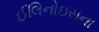
ઈલિનોઇસના